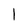
Character: 1